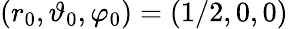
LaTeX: (r_{0},\vartheta_{0},\varphi_{0})=(1/2,0,0)